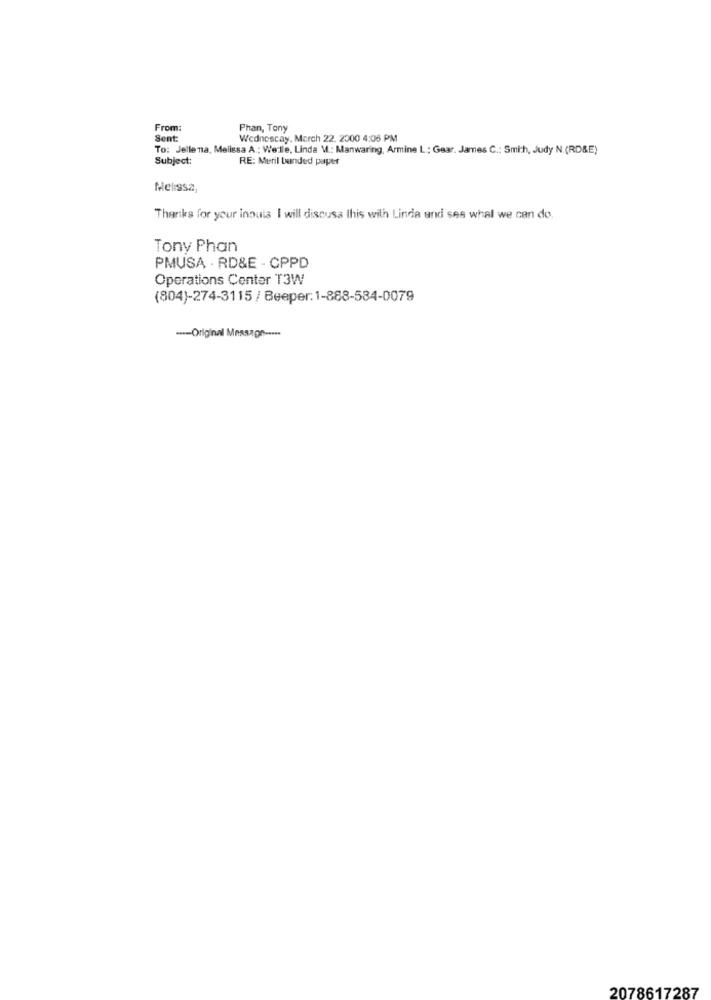
From:
Phan, Tony
Sent:
Wednescay, March 22, 2000 4:06 PM
To: Jelle na, Melissa A .; Welle, Linda M .: Manwaring, Armine L .; Gear. James C .: Smith, Judy N. (RD&E)
Subject:
RE: Meril banded paper
Melissa,
Thanks for your inouis I will discuss this with Linda und see what we can do.
Tony Phan
PMUSA - RD&E - CPPD
Operations Center T3W
(804)-274-3115 / Beeper: 1-888-584-0079
---- Original Message -....
2078617287